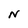
Character: N